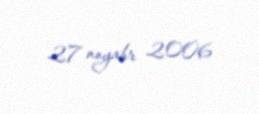
27 noyabr 2006